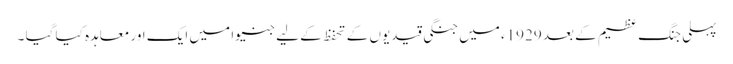
پہلی جنگ عظیم کے بعد 1929ء میں جنگی قیدیوں کے تحفظ کے لیے جنیوا میں ایک اور معاہدہ کیا گیا ۔